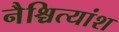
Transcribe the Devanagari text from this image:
नैश्चित्यांश